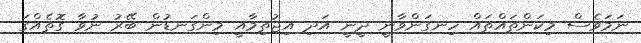
ނަމަވެސް މިކަންތައްތައް ހިނގަންވާނީ ދީނީ އަދި އިޖުތިމާއީ މިންގަނޑުން ބޭރު ނުވާ ގޮތެއްގަ